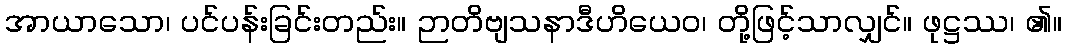
အာယာသော၊ ပင်ပန်းခြင်းတည်း။ ဉာတိဗျသနာဒီဟိယေဝ၊ တို့ဖြင့်သာလျှင်။ ဖုဋ္ဌဿ၊ ၏။